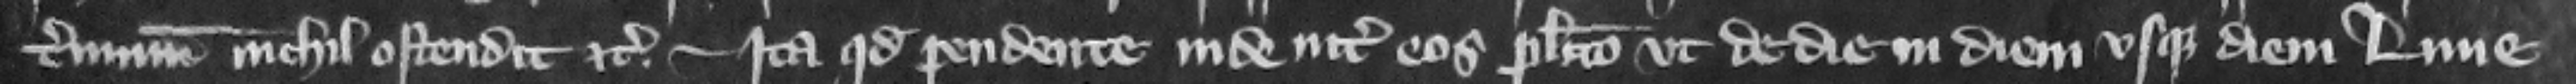
terminum nichil ostendit etc. Ita quod pendente inde inter eos placito vt de die in diem vsque diem Lune